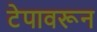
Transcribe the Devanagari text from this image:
टेपावरून